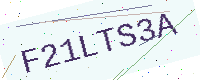
Text: F21LTS3A